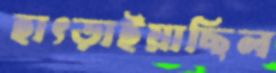
হাৎড়াইয়াছিল